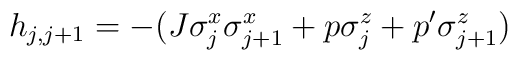
h_{j,j+1} = -(J \sigma_j^x \sigma_{j+1}^x + p \sigma_j^z + p'\sigma_{j+1}^z )